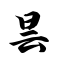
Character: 昙